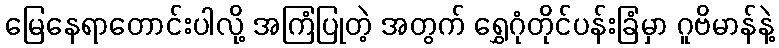
မြေနေရာတောင်းပါလို့ အကြံပြုတဲ့ အတွက် ရွှေဂုံတိုင်ပန်းခြံမှာ ဂူဗိမာန်နဲ့